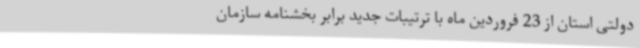
دولتی استان از 23 فروردین ماه با ترتیبات جدید برابر بخشنامه سازمان